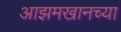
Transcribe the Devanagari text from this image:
आझमखानच्या